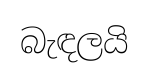
බැඳලයි